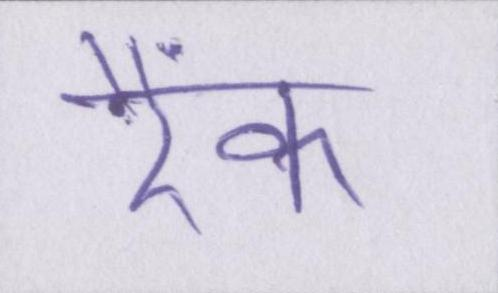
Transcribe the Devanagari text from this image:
रैंक